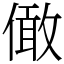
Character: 㒈